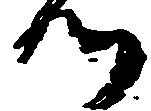
つ